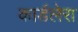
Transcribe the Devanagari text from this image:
कार्डलेरा